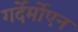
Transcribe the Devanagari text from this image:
गर्देर्मोएन